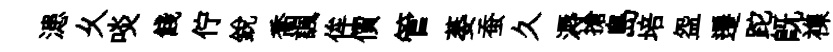
漶乆啖餞佇銳喬諷侔價管萎蚕久溽搶島培盌遷跎旣襍